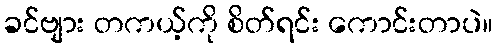
ခင်ဗျား တကယ့်ကို စိတ်ရင်း ကောင်းတာပဲ။